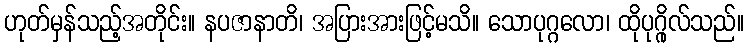
ဟုတ်မှန်သည့်အတိုင်း။ နပဇာနာတိ၊ အပြားအားဖြင့်မသိ။ သောပုဂ္ဂလော၊ ထိုပုဂ္ဂိုလ်သည်။